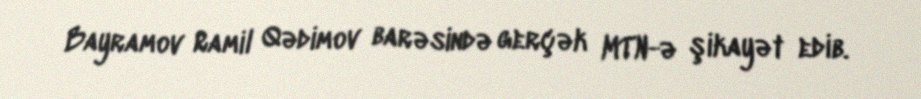
Bayramov Ramil Qədimov barəsində gerçək MTN-ə şikayət edib.